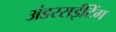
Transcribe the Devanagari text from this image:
अंडरराईटिंग